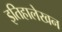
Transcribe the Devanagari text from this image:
इतिहालेखन